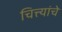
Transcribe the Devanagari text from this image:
चित्त्यांचे